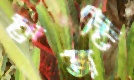
ফজলী